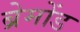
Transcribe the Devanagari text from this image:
ब्रेमोंड